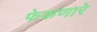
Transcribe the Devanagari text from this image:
फेकणारे